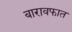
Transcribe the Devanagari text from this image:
बारावफात